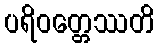
ပရိဝတ္တေဿတိ